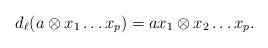
LaTeX: \begin{align*} d_{\ell}(a \otimes x_1 \ldots x_{p}) =ax_1\otimes x_2 \ldots x_{p}.\end{align*}